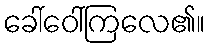
ခေါ်ဝေါ်ကြလေ၏။